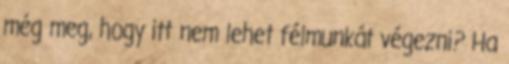
még meg, hogy itt nem lehet félmunkát végezni? Ha